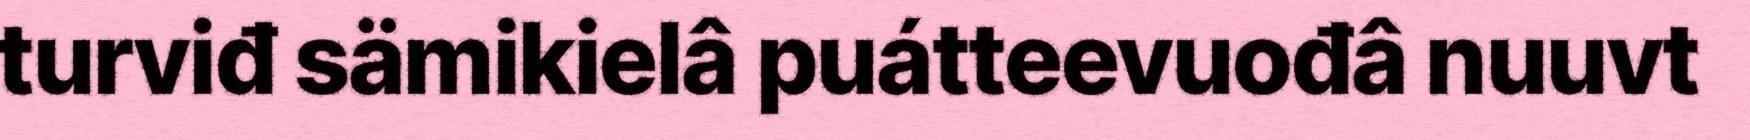
turviđ sämikielâ puátteevuođâ nuuvt